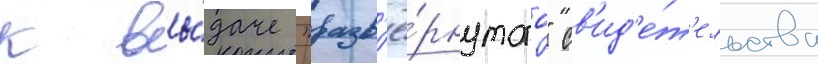
к вы́даче "разв'ё́рнутого" св'ид'е́т'ельства